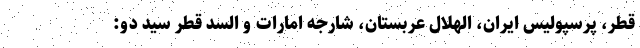
قطر، پرسپولیس ایران، الهلال عربستان، شارجه امارات و السد قطر سید دو: